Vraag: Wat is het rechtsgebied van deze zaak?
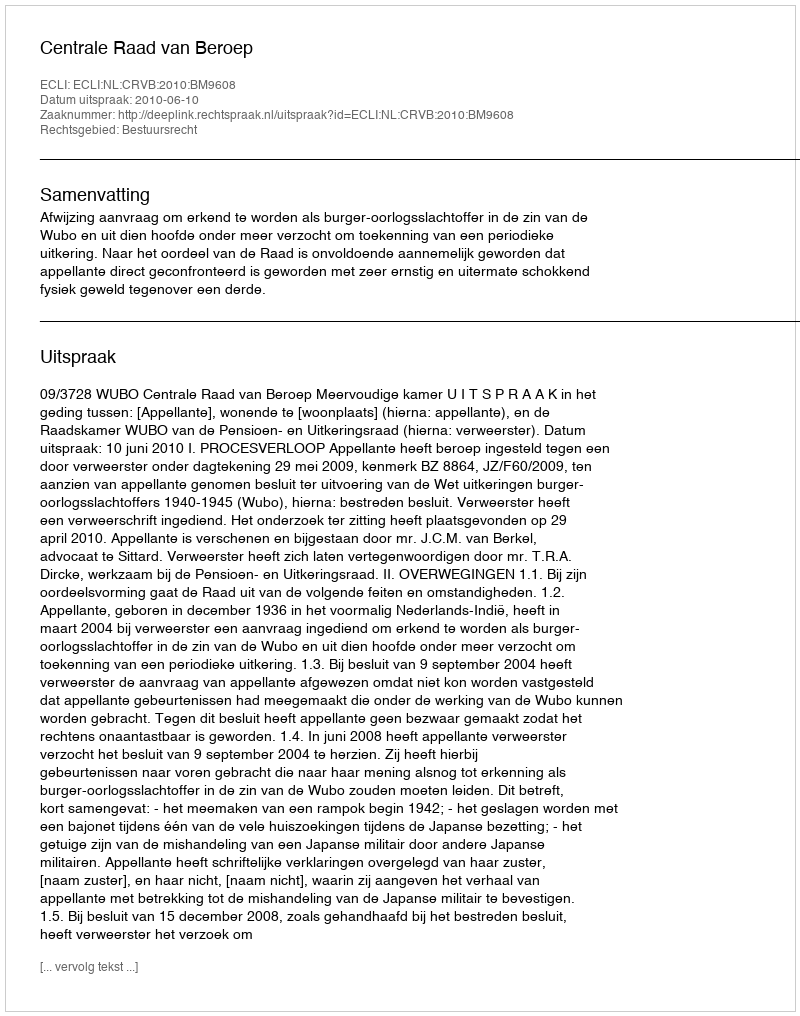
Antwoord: Bestuursrecht